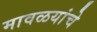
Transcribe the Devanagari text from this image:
मावळयांचे